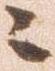
ニ